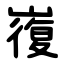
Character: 㠅